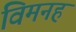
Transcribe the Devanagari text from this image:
विमनह